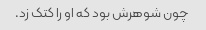
چون شوهرش بود که او را کتک زد.